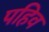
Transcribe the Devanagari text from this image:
पहिव